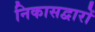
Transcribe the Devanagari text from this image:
निकासद्वारों